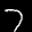
Label: 7